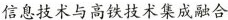
信息技术与高铁技术集成融合